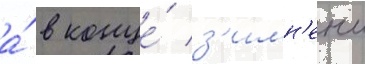
а́ в конце́ з'имн'еи